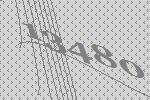
13480